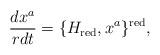
LaTeX: \begin{align*}\frac{dx^a}{rdt}=\{ H_{\rm red}, x^a\}^{\rm red}, \end{align*}